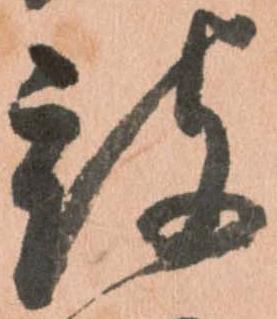
被